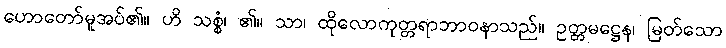
ဟောတော်မူအပ်၏။ ဟိ သစ္စံ၊ ၏။ သာ၊ ထိုလောကုတ္တရာဘာဝနာသည်။ ဥတ္တမဋ္ဌေန၊ မြတ်သော